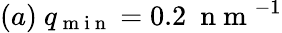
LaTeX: (a)\ q_{\mathrm{~m~i~n~}}=0.2\ \mathrm{~n~m~}^{-1}